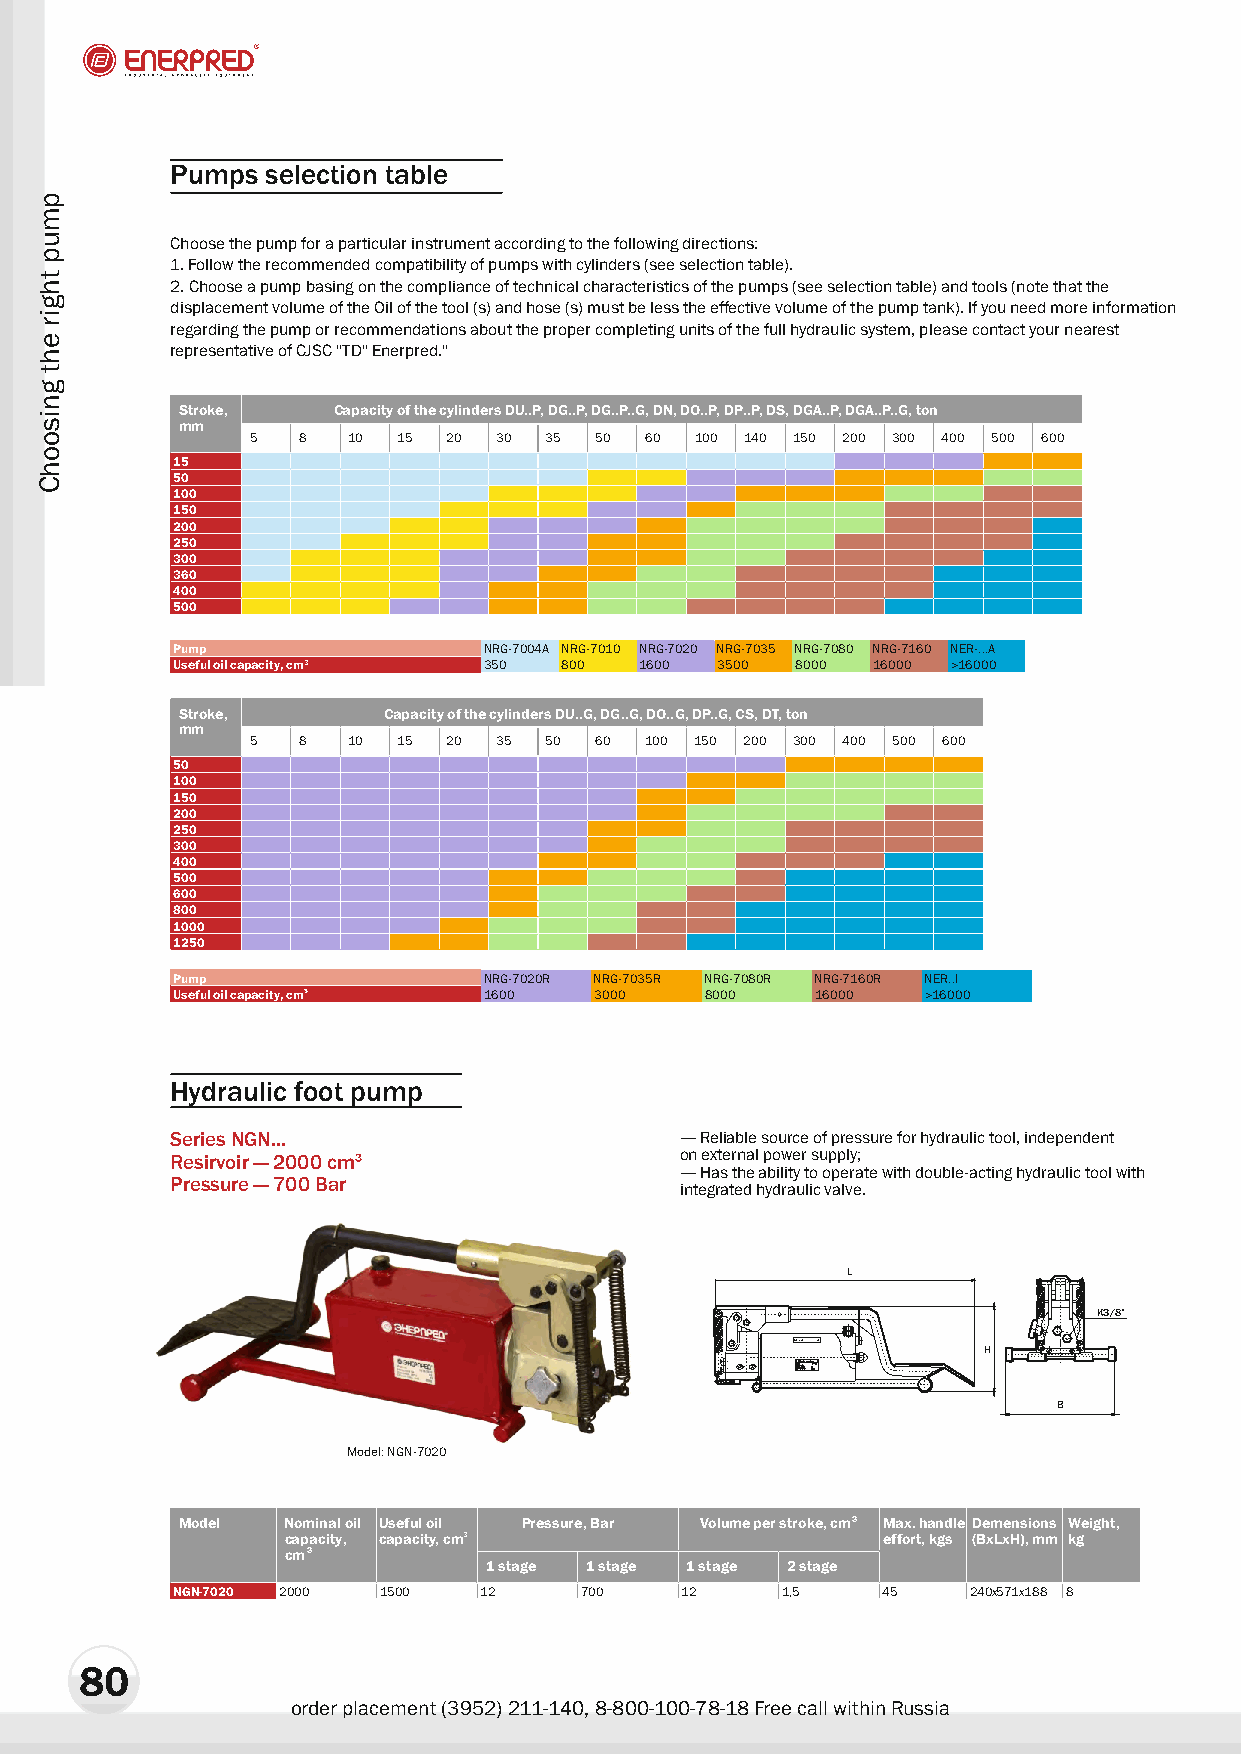
Pumps  selection table
 Choose the pump for a particular instrument according to the following directions:
 1. Follow the recommended compatibility of pumps with cylinders (see selection table).
 2. Choose a pump basing on the compliance of technical characteristics of the pumps (see selection table) and tools (note that the
 displacement volume of the Oil of the tool (s) and hose (s) must be less the effective volume of the pump tank). If you need more information
 regarding the pump or recommendations about the proper completing units of the full hydraulic system, please contact your nearest
 representative of CJSC "TD" Enerpred."
 Stroke,   Capacity of the cylinders DU..P, DG..P, DG..P..G, DN, DO..P, DP..P, DS, DGÀ..P, DGÀ..P..G, ton
 mm
 5  8  10 15  20 30 35 50  60 100 140 150 200 300 400 500 600
 15
 50
 100
 150
 200
 250
 300
 360
 400
 500
 Pump                 NRG-7004A NRG-7010 NRG-7020 NRG-7035 NRG-7080 NRG-7160 NER-...A
 Useful oil capacity, cm3 350 800 1600 3500 8000 16000 >16000
 Stroke,      Capacity of the cylinders DU..G, DG..G, DO..G, DP..G, CS, DT, ton
 mm
 5  8  10 15  20 35 50 60  100 150 200 300 400 500 600
 50
 100
 150
 200
 250
 300
 400
 500
 600
 800
 1000
 1250
 Pump                 NRG-7020R NRG-7035R NRG-7080R NRG-7160R NER..I
 Useful oil capacity, cm3 1600 3000  8000   16000  >16000
 Hydraulic foot pump
 Series NGN...                     — Reliable source of pressure for hydraulic tool, independent
 Resirvoir — 2000 cm³              on external power supply;
 — Has the ability to operate with double-acting hydraulic tool with
 Pressure — 700 Bar
 integrated hydraulic valve.
 L
 K3/8”
 H
 B
 Model: NGN-7020
 Model  Nominal oil Useful oil Pressure, Bar Volume per stroke, cm 3 Max. handle Demensions Weight,
 capacity, capacity, cm3                effort, kgs (BxLxH), mm kg
 cm3
 1 stage 1 stage 1 stage 2 stage
 NGN-7020 2000 1500   12    700    12     1,5   45    240x571x188 8
 80
 order placement (3952) 211-140, 8-800-100-78-18 Free call within Russia
 pmup
 thgir
 eht
 gnisoohC